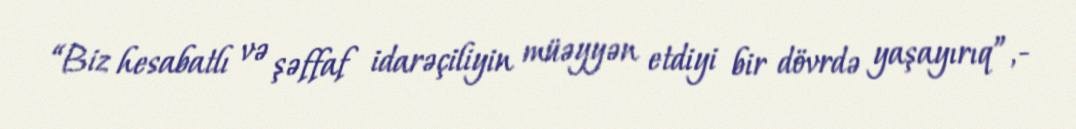
“Biz hesabatlı və şəffaf idarəçiliyin müəyyən etdiyi bir dövrdə yaşayırıq”,-